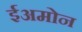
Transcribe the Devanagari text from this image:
ईअमोन